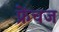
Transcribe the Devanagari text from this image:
फ्रेंचज